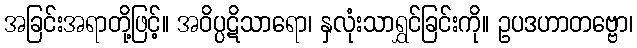
အခြင်းအရာတို့ဖြင့်။ အဝိပ္ပဋိသာရော၊ နှလုံးသာရွှင်ခြင်းကို။ ဥပဒဟာတဗ္ဗော၊